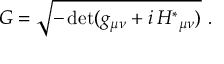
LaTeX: { \cal G } = \sqrt { - \operatorname * { d e t } ( g _ { \mu \nu } + i \, { \cal H } ^ { * } { } _ { \mu \nu } ) } \ .